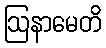
ဩနာမေတိ